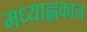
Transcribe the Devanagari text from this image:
मध्याह्लकाल